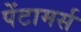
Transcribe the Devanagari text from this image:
पेंटामर्स